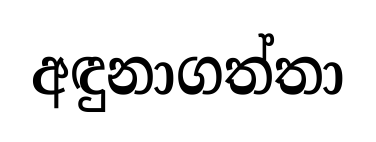
අඳුනාගත්තා